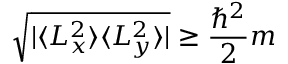
{ \sqrt { | \langle L _ { x } ^ { 2 } \rangle \langle L _ { y } ^ { 2 } \rangle | } } \geq { \frac { \hbar ^ { 2 } } { 2 } } m